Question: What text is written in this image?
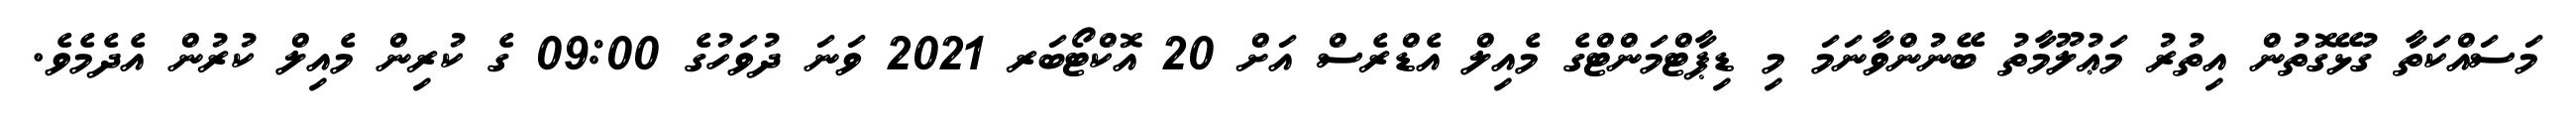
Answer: މަސައްކަތާ ގުޅޭގޮތުން އިތުރު މަޢުލޫމާތު ބޭނުންވާނަމަ މި ޑިޕާޓްމަންޓްގެ މެއިލް އެޑްރެސް އަށް 20 އޮކްޓޯބަރ 2021 ވަނަ ދުވަހުގެ 09:00 ގެ ކުރިން މެއިލް ކުރުން އެދެމެވެ.